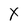
Character: X